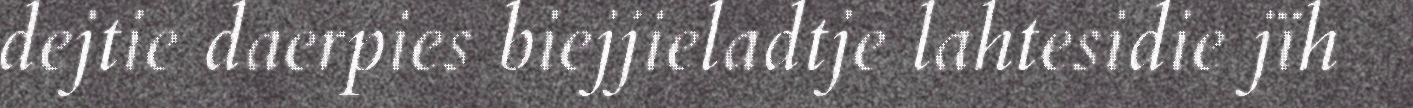
dejtie daerpies biejjieladtje lahtesidie jïh